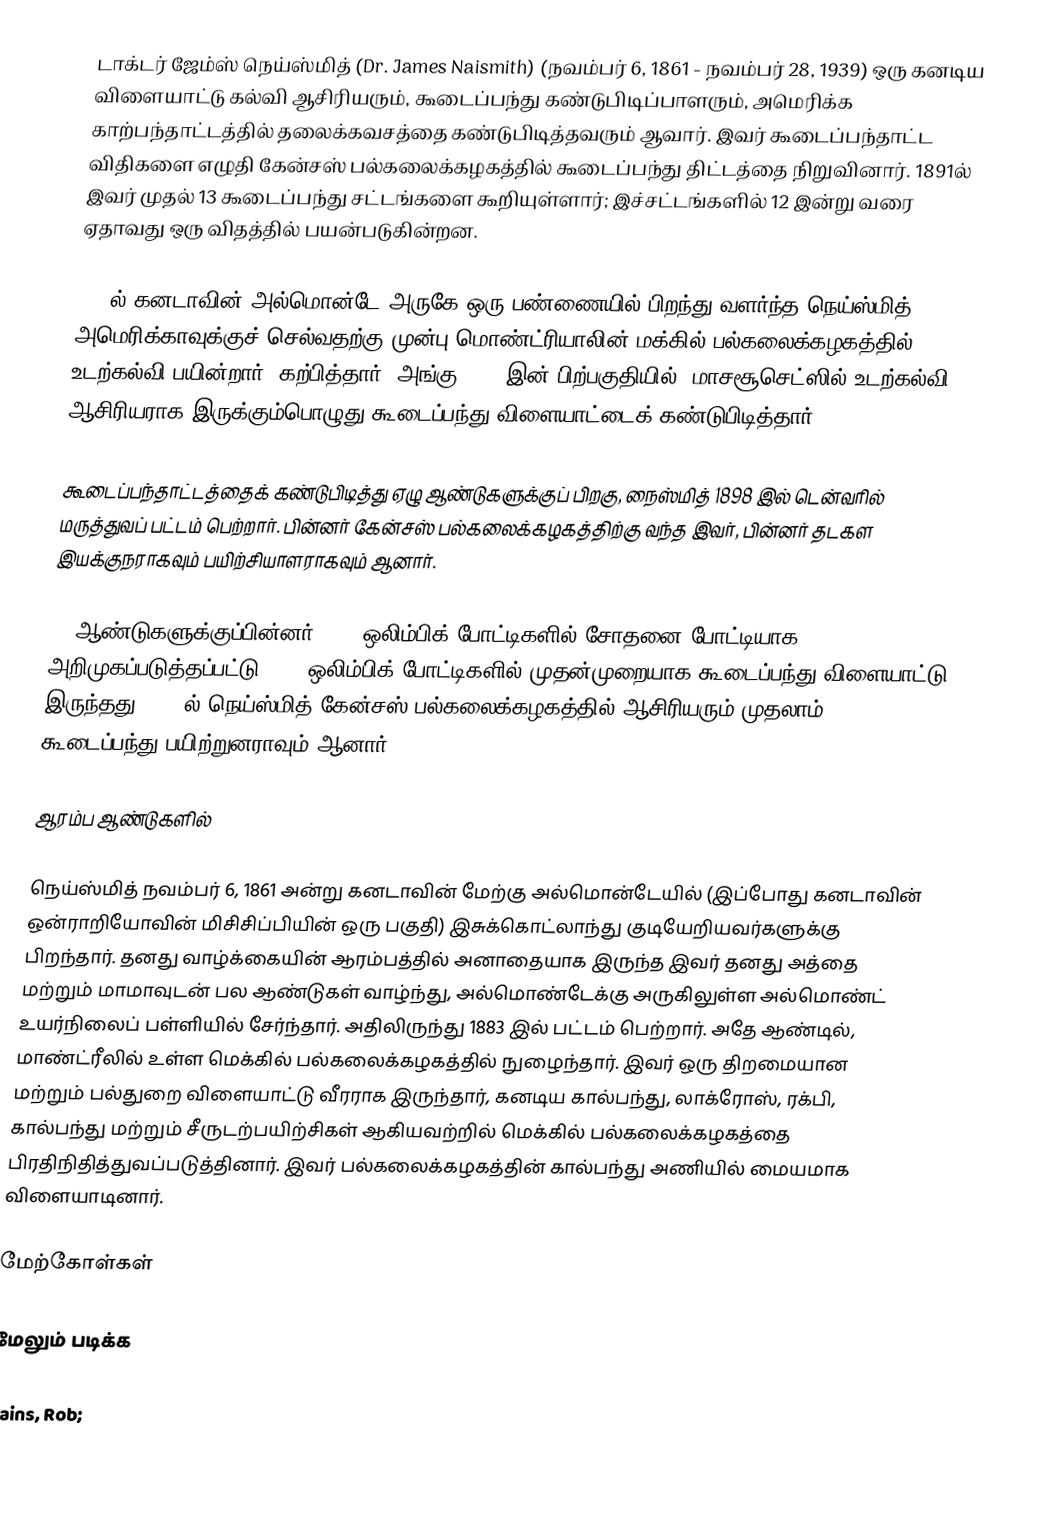
டாக்டர் ஜேம்ஸ் நெய்ஸ்மித் (Dr. James Naismith) (நவம்பர் 6, 1861 - நவம்பர் 28, 1939) ஒரு கனடிய  விளையாட்டு கல்வி ஆசிரியரும், கூடைப்பந்து கண்டுபிடிப்பாளரும், அமெரிக்க காற்பந்தாட்டத்தில் தலைக்கவசத்தை கண்டுபிடித்தவரும் ஆவார்.  இவர்  கூடைப்பந்தாட்ட விதிகளை எழுதி கேன்சஸ் பல்கலைக்கழகத்தில் கூடைப்பந்து திட்டத்தை நிறுவினார். 1891ல் இவர் முதல் 13 கூடைப்பந்து சட்டங்களை கூறியுள்ளார்; இச்சட்டங்களில் 12 இன்று வரை ஏதாவது ஒரு விதத்தில் பயன்படுகின்றன.

1861ல் கனடாவின் அல்மொன்டே அருகே ஒரு பண்ணையில் பிறந்து வளர்ந்த நெய்ஸ்மித், அமெரிக்காவுக்குச் செல்வதற்கு முன்பு மொண்ட்ரியாலின் மக்கில் பல்கலைக்கழகத்தில் உடற்கல்வி பயின்றார். கற்பித்தார். அங்கு 1891 இன் பிற்பகுதியில், மாசசூசெட்ஸில் உடற்கல்வி ஆசிரியராக இருக்கும்பொழுது கூடைப்பந்து விளையாட்டைக் கண்டுபிடித்தார்.

கூடைப்பந்தாட்டத்தைக் கண்டுபிடித்து ஏழு ஆண்டுகளுக்குப் பிறகு, நைஸ்மித் 1898 இல் டென்வரில் மருத்துவப் பட்டம் பெற்றார். பின்னர் கேன்சஸ் பல்கலைக்கழகத்திற்கு வந்த இவர், பின்னர் தடகள இயக்குநராகவும் பயிற்சியாளராகவும் ஆனார்.

13 ஆண்டுகளுக்குப்பின்னர் 1904 ஒலிம்பிக் போட்டிகளில் சோதனை போட்டியாக அறிமுகப்படுத்தப்பட்டு 1936 ஒலிம்பிக் போட்டிகளில் முதன்முறையாக கூடைப்பந்து விளையாட்டு இருந்தது. 1898ல் நெய்ஸ்மித் கேன்சஸ் பல்கலைக்கழகத்தில் ஆசிரியரும் முதலாம் கூடைப்பந்து பயிற்றுனராவும் ஆனார்.

ஆரம்ப ஆண்டுகளில்

நெய்ஸ்மித் நவம்பர் 6, 1861 அன்று கனடாவின் மேற்கு அல்மொன்டேயில் (இப்போது கனடாவின் ஒன்ராறியோவின் மிசிசிப்பியின் ஒரு பகுதி) இசுக்கொட்லாந்து குடியேறியவர்களுக்கு பிறந்தார்.  தனது வாழ்க்கையின் ஆரம்பத்தில் அனாதையாக இருந்த இவர் தனது அத்தை மற்றும் மாமாவுடன் பல ஆண்டுகள் வாழ்ந்து, அல்மொண்டேக்கு அருகிலுள்ள அல்மொண்ட் உயர்நிலைப் பள்ளியில் சேர்ந்தார். அதிலிருந்து 1883 இல் பட்டம் பெற்றார். அதே ஆண்டில், மாண்ட்ரீலில் உள்ள மெக்கில் பல்கலைக்கழகத்தில் நுழைந்தார்.  இவர் ஒரு திறமையான மற்றும் பல்துறை விளையாட்டு வீரராக இருந்தார், கனடிய கால்பந்து, லாக்ரோஸ், ரக்பி, கால்பந்து மற்றும் சீருடற்பயிற்சிகள் ஆகியவற்றில் மெக்கில் பல்கலைக்கழகத்தை பிரதிநிதித்துவப்படுத்தினார். இவர் பல்கலைக்கழகத்தின் கால்பந்து அணியில் மையமாக விளையாடினார்.

மேற்கோள்கள்

மேலும் படிக்க

 Rains, Rob;